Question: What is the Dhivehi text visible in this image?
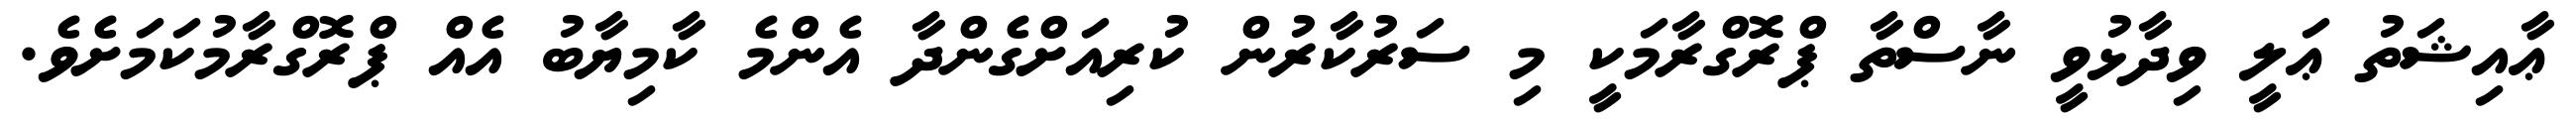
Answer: ޢާއިޝަތު ޢަލީ ވިދާޅުވީ ނާސްތާ ޕްރޮގްރާމަކީ މި ސަރުކާރުން ކުރިއަށްގެންދާ އެންމެ ކާމިޔާބު އެއް ޕްރޮގްރާމުކަމަށެވެ.